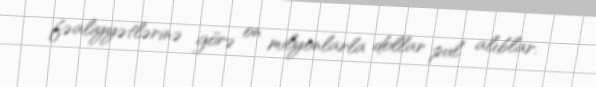
fəaliyyətlərinə görə on milyonlarla dollar pul alıblar.